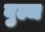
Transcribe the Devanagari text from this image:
बुल्ज